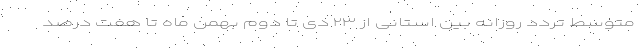
متوسط تردد روزانه بین استانی از ۲۳ دی تا دوم بهمن ماه تا هفت درصد